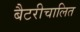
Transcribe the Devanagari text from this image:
बैटरीचालित